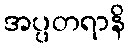
အပ္ပတရာနိ